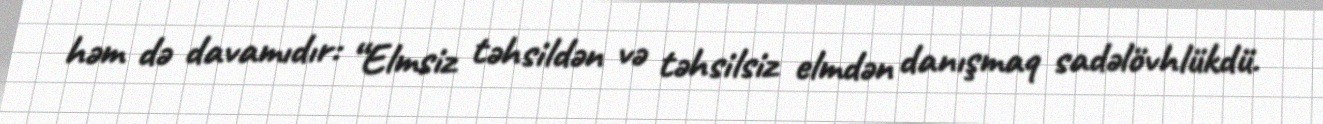
həm də davamıdır: “Elmsiz təhsildən və təhsilsiz elmdən danışmaq sadəlövhlükdü.